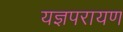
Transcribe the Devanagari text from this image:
यज्ञपरायण